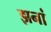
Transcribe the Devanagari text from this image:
झनां